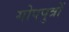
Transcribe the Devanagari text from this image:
गोपपुत्रों